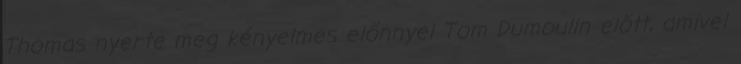
Thomas nyerte meg kényelmes előnnyel Tom Dumoulin előtt, amivel